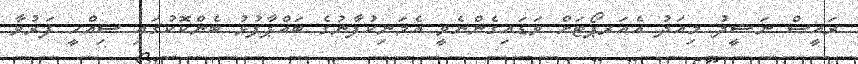
ރައީސް ނަޝީދު މިއަދު އެއަރޕޯޓަށް ވަޑައިގެންނެވީ އެމަނިކުފާނުގެ ބައްޕާފުޅު ބެންކޮކުގައި ސިއްހީ ފަރުވާ